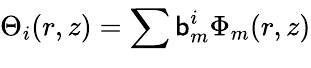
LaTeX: {\Theta_{i}(r,z)=\sum_{}^{}{\mathsf{b}_{m}^{i}\Phi_{m}(r,z)}}